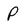
Character: P